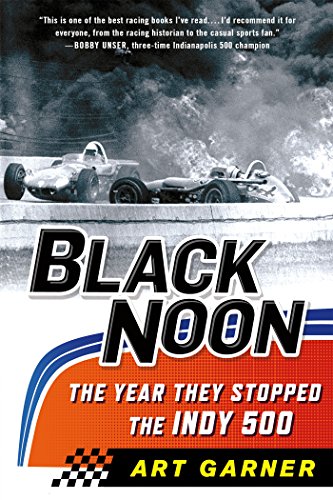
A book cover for Black Noon: The Year They Stopped the Indy 500; Art Garner; Sports & Outdoors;